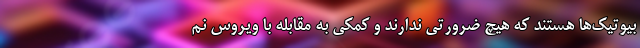
بیوتیک‌ها هستند که هیچ ضرورتی ندارند و کمکی به مقابله با ویروس نم